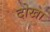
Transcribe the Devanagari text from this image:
दोखा